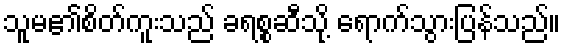
သူမ၏စိတ်ကူးသည် ခရစ္စဆီသို့ ရောက်သွားပြန်သည်။